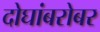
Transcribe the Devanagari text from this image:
दोघांबरोबर